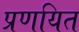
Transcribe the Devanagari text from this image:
प्रणयित